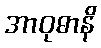
အာဝုဓာနိ